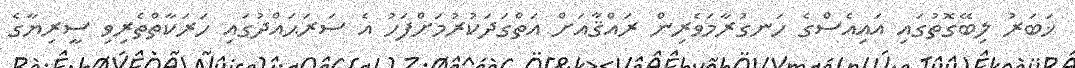
ޚަބަރު ލިބޭގޮތުގައި އައިއެސްގެ ހަނގުރާމަވެރިން ރައްޤާއަށް އަތްގަދަކުރުމަށްފަހު އެ ސަރަޙައްދުގައި ހަރަކާތްތެރިވި ސީރިޔާގެ